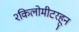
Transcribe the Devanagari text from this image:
२किलोमीटरहून